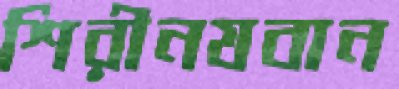
শিরীনযবান